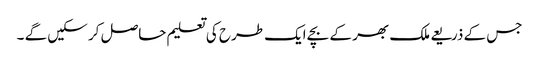
جس کے ذریعے ملک بھر کے بچے ایک طرح کی تعلیم حاصل کر سکیں گے ۔